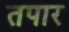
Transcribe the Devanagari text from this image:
तपार